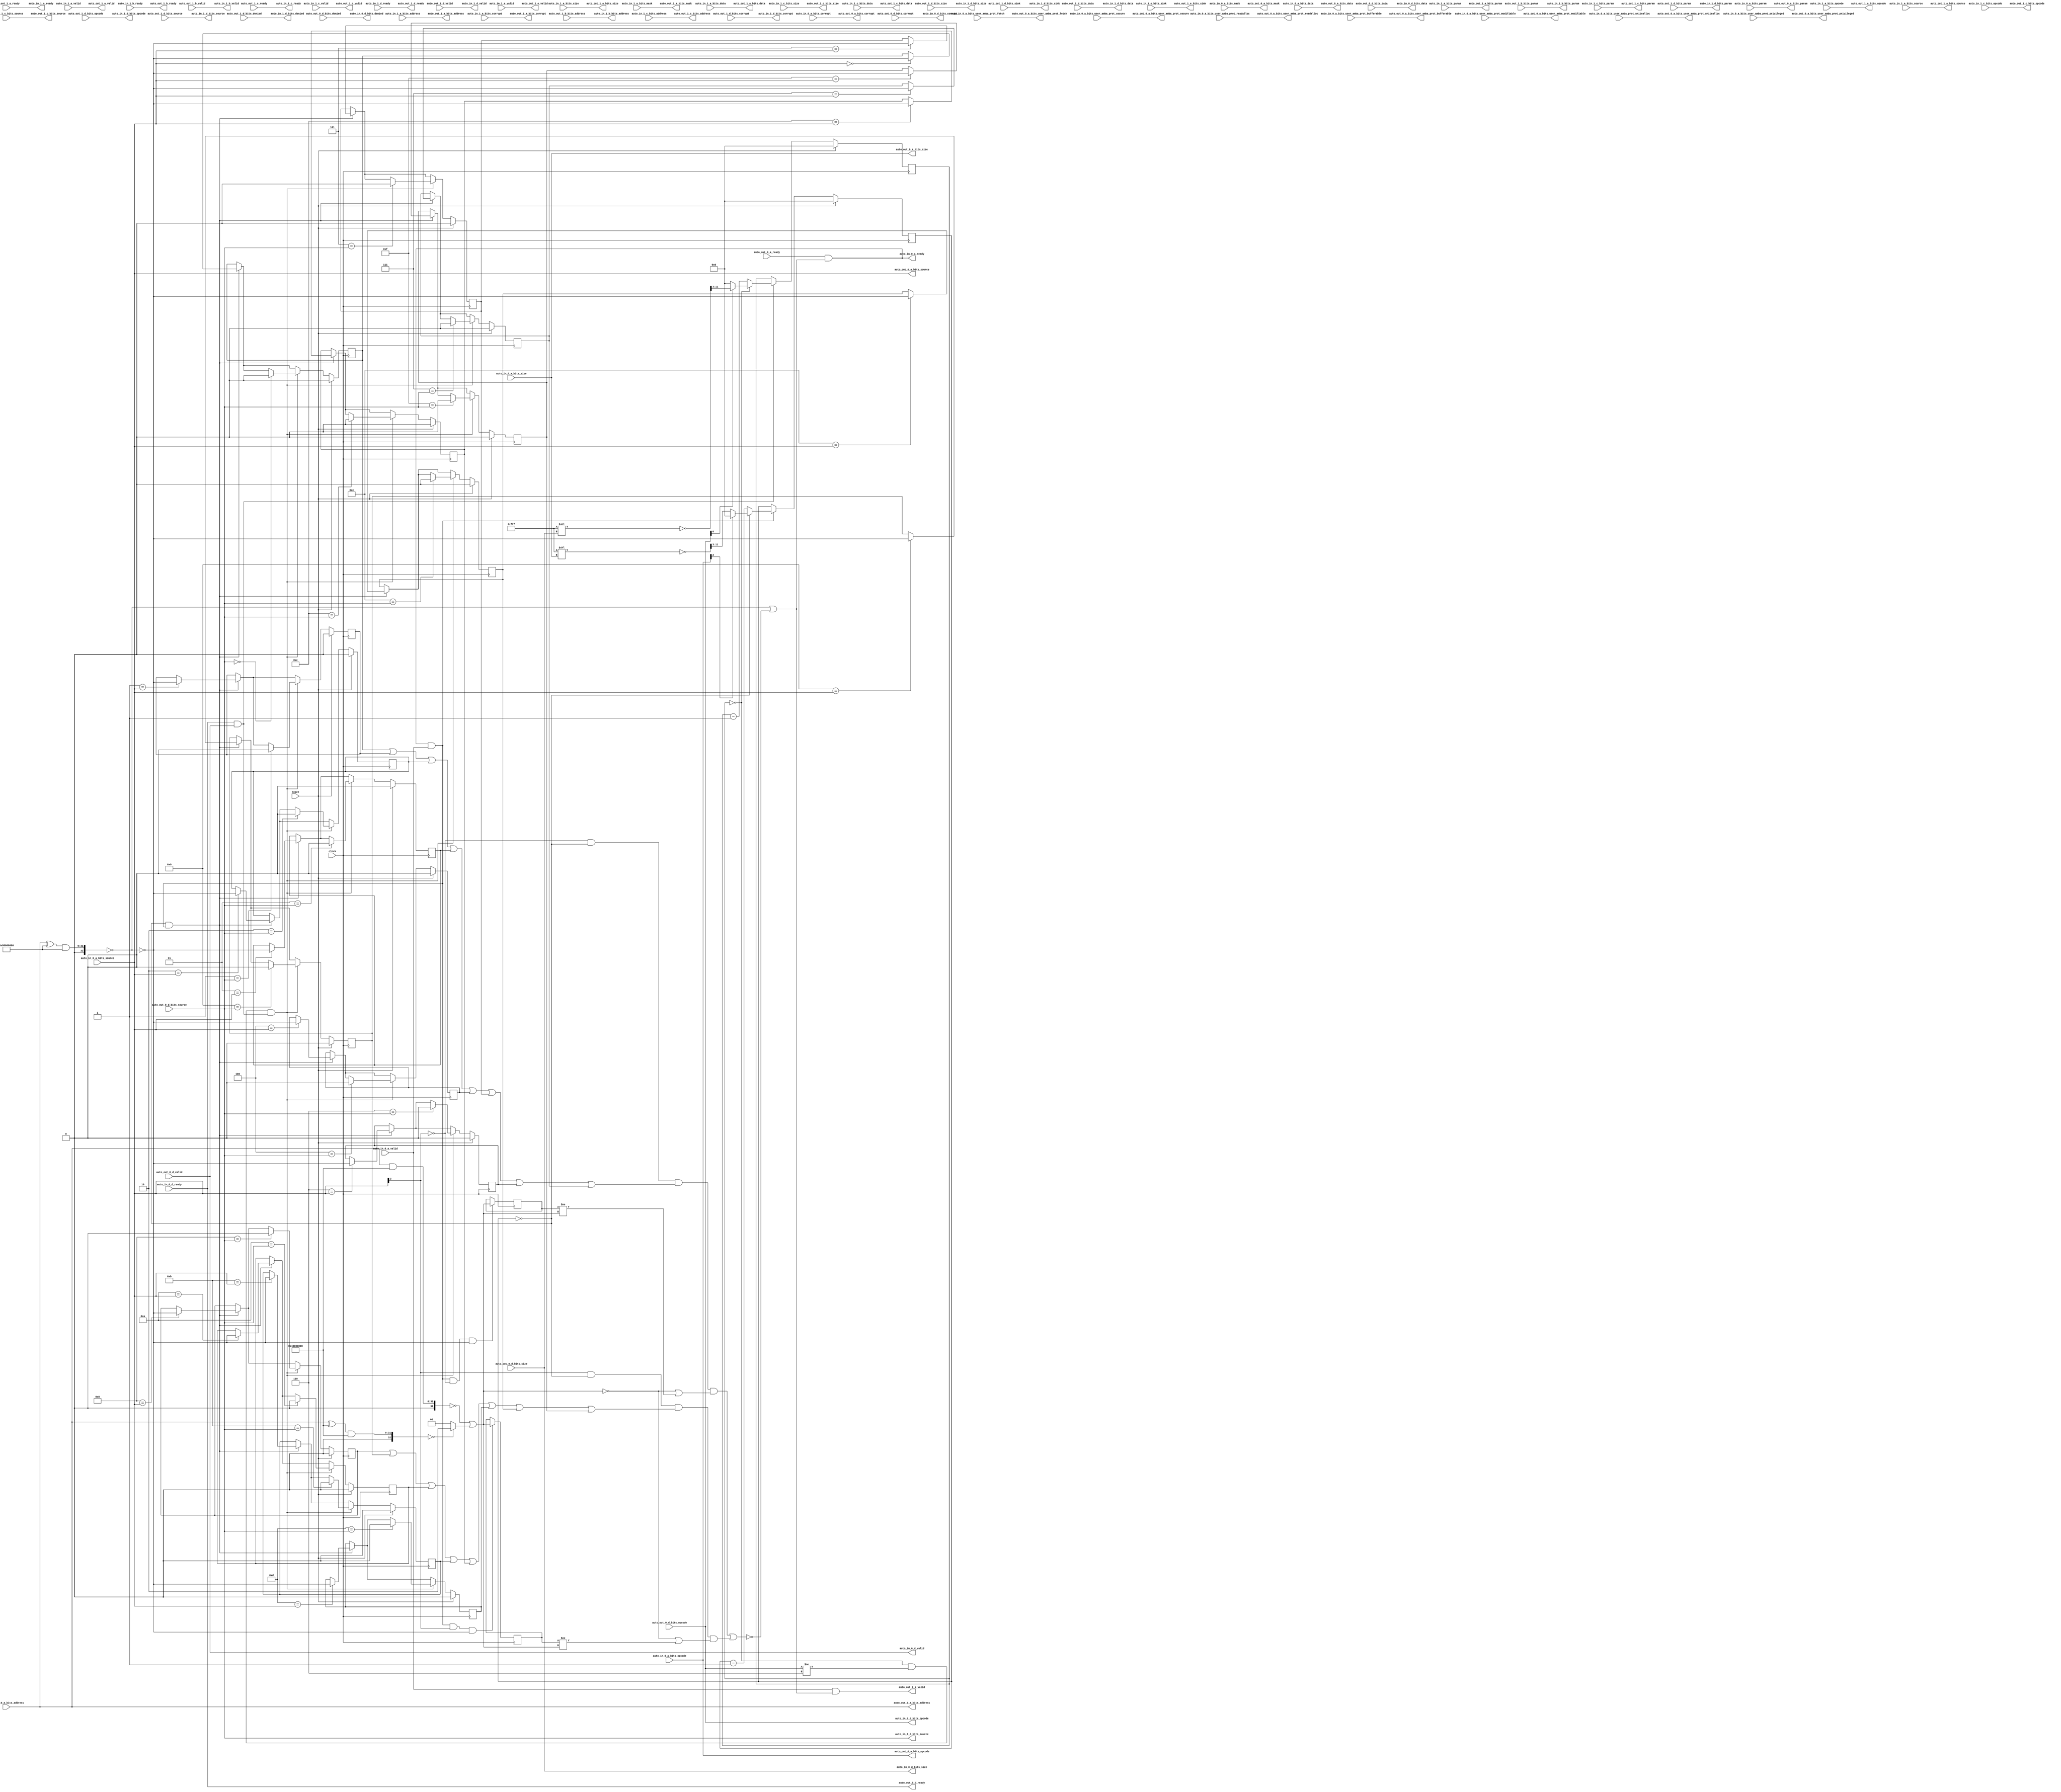
module TLFIFOFixer(
  input         clock,
  input         reset,
  output        auto_in_1_a_ready,
  input         auto_in_1_a_valid,
  input  [2:0]  auto_in_1_a_bits_opcode,
  input  [2:0]  auto_in_1_a_bits_param,
  input  [3:0]  auto_in_1_a_bits_size,
  input  [1:0]  auto_in_1_a_bits_source,
  input  [31:0] auto_in_1_a_bits_address,
  input  [7:0]  auto_in_1_a_bits_mask,
  input  [63:0] auto_in_1_a_bits_data,
  input         auto_in_1_a_bits_corrupt,
  input         auto_in_1_b_ready,
  output        auto_in_1_b_valid,
  output [1:0]  auto_in_1_b_bits_param,
  output [31:0] auto_in_1_b_bits_address,
  output        auto_in_1_c_ready,
  input         auto_in_1_c_valid,
  input  [2:0]  auto_in_1_c_bits_opcode,
  input  [2:0]  auto_in_1_c_bits_param,
  input  [3:0]  auto_in_1_c_bits_size,
  input  [1:0]  auto_in_1_c_bits_source,
  input  [31:0] auto_in_1_c_bits_address,
  input  [63:0] auto_in_1_c_bits_data,
  input         auto_in_1_d_ready,
  output        auto_in_1_d_valid,
  output [2:0]  auto_in_1_d_bits_opcode,
  output [1:0]  auto_in_1_d_bits_param,
  output [3:0]  auto_in_1_d_bits_size,
  output [1:0]  auto_in_1_d_bits_source,
  output [1:0]  auto_in_1_d_bits_sink,
  output        auto_in_1_d_bits_denied,
  output [63:0] auto_in_1_d_bits_data,
  output        auto_in_1_d_bits_corrupt,
  input         auto_in_1_e_valid,
  input  [1:0]  auto_in_1_e_bits_sink,
  output        auto_in_0_a_ready,
  input         auto_in_0_a_valid,
  input  [2:0]  auto_in_0_a_bits_opcode,
  input  [2:0]  auto_in_0_a_bits_param,
  input  [3:0]  auto_in_0_a_bits_size,
  input  [3:0]  auto_in_0_a_bits_source,
  input  [31:0] auto_in_0_a_bits_address,
  input         auto_in_0_a_bits_user_amba_prot_bufferable,
  input         auto_in_0_a_bits_user_amba_prot_modifiable,
  input         auto_in_0_a_bits_user_amba_prot_readalloc,
  input         auto_in_0_a_bits_user_amba_prot_writealloc,
  input         auto_in_0_a_bits_user_amba_prot_privileged,
  input         auto_in_0_a_bits_user_amba_prot_secure,
  input         auto_in_0_a_bits_user_amba_prot_fetch,
  input  [7:0]  auto_in_0_a_bits_mask,
  input  [63:0] auto_in_0_a_bits_data,
  input         auto_in_0_a_bits_corrupt,
  input         auto_in_0_d_ready,
  output        auto_in_0_d_valid,
  output [2:0]  auto_in_0_d_bits_opcode,
  output [3:0]  auto_in_0_d_bits_size,
  output [3:0]  auto_in_0_d_bits_source,
  output        auto_in_0_d_bits_denied,
  output [63:0] auto_in_0_d_bits_data,
  output        auto_in_0_d_bits_corrupt,
  input         auto_out_1_a_ready,
  output        auto_out_1_a_valid,
  output [2:0]  auto_out_1_a_bits_opcode,
  output [2:0]  auto_out_1_a_bits_param,
  output [3:0]  auto_out_1_a_bits_size,
  output [1:0]  auto_out_1_a_bits_source,
  output [31:0] auto_out_1_a_bits_address,
  output [7:0]  auto_out_1_a_bits_mask,
  output [63:0] auto_out_1_a_bits_data,
  output        auto_out_1_a_bits_corrupt,
  output        auto_out_1_b_ready,
  input         auto_out_1_b_valid,
  input  [1:0]  auto_out_1_b_bits_param,
  input  [31:0] auto_out_1_b_bits_address,
  input         auto_out_1_c_ready,
  output        auto_out_1_c_valid,
  output [2:0]  auto_out_1_c_bits_opcode,
  output [2:0]  auto_out_1_c_bits_param,
  output [3:0]  auto_out_1_c_bits_size,
  output [1:0]  auto_out_1_c_bits_source,
  output [31:0] auto_out_1_c_bits_address,
  output [63:0] auto_out_1_c_bits_data,
  output        auto_out_1_d_ready,
  input         auto_out_1_d_valid,
  input  [2:0]  auto_out_1_d_bits_opcode,
  input  [1:0]  auto_out_1_d_bits_param,
  input  [3:0]  auto_out_1_d_bits_size,
  input  [1:0]  auto_out_1_d_bits_source,
  input  [1:0]  auto_out_1_d_bits_sink,
  input         auto_out_1_d_bits_denied,
  input  [63:0] auto_out_1_d_bits_data,
  input         auto_out_1_d_bits_corrupt,
  output        auto_out_1_e_valid,
  output [1:0]  auto_out_1_e_bits_sink,
  input         auto_out_0_a_ready,
  output        auto_out_0_a_valid,
  output [2:0]  auto_out_0_a_bits_opcode,
  output [2:0]  auto_out_0_a_bits_param,
  output [3:0]  auto_out_0_a_bits_size,
  output [3:0]  auto_out_0_a_bits_source,
  output [31:0] auto_out_0_a_bits_address,
  output        auto_out_0_a_bits_user_amba_prot_bufferable,
  output        auto_out_0_a_bits_user_amba_prot_modifiable,
  output        auto_out_0_a_bits_user_amba_prot_readalloc,
  output        auto_out_0_a_bits_user_amba_prot_writealloc,
  output        auto_out_0_a_bits_user_amba_prot_privileged,
  output        auto_out_0_a_bits_user_amba_prot_secure,
  output        auto_out_0_a_bits_user_amba_prot_fetch,
  output [7:0]  auto_out_0_a_bits_mask,
  output [63:0] auto_out_0_a_bits_data,
  output        auto_out_0_a_bits_corrupt,
  output        auto_out_0_d_ready,
  input         auto_out_0_d_valid,
  input  [2:0]  auto_out_0_d_bits_opcode,
  input  [3:0]  auto_out_0_d_bits_size,
  input  [3:0]  auto_out_0_d_bits_source,
  input         auto_out_0_d_bits_denied,
  input  [63:0] auto_out_0_d_bits_data,
  input         auto_out_0_d_bits_corrupt
);
`ifdef RANDOMIZE_REG_INIT
  reg [31:0] _RAND_0;
  reg [31:0] _RAND_1;
  reg [31:0] _RAND_2;
  reg [31:0] _RAND_3;
  reg [31:0] _RAND_4;
  reg [31:0] _RAND_5;
  reg [31:0] _RAND_6;
  reg [31:0] _RAND_7;
  reg [31:0] _RAND_8;
  reg [31:0] _RAND_9;
  reg [31:0] _RAND_10;
  reg [31:0] _RAND_11;
  reg [31:0] _RAND_12;
  reg [31:0] _RAND_13;
  reg [31:0] _RAND_14;
  reg [31:0] _RAND_15;
  reg [31:0] _RAND_16;
  reg [31:0] _RAND_17;
  reg [31:0] _RAND_18;
  reg [31:0] _RAND_19;
`endif // RANDOMIZE_REG_INIT
  wire [32:0] _a_notFIFO_T_1 = {1'b0,$signed(auto_in_0_a_bits_address)}; // @[Parameters.scala 138:49]
  wire [31:0] _a_notFIFO_T_5 = auto_in_0_a_bits_address ^ 32'h80000000; // @[Parameters.scala 138:31]
  wire [32:0] _a_notFIFO_T_6 = {1'b0,$signed(_a_notFIFO_T_5)}; // @[Parameters.scala 138:49]
  wire [32:0] _a_notFIFO_T_8 = $signed(_a_notFIFO_T_6) & 33'sh80000000; // @[Parameters.scala 138:52]
  wire  a_notFIFO = $signed(_a_notFIFO_T_8) == 33'sh0; // @[Parameters.scala 138:67]
  wire [32:0] _a_id_T_3 = $signed(_a_notFIFO_T_1) & 33'sh40000000; // @[Parameters.scala 138:52]
  wire  _a_id_T_4 = $signed(_a_id_T_3) == 33'sh0; // @[Parameters.scala 138:67]
  wire [31:0] _a_id_T_5 = auto_in_0_a_bits_address ^ 32'h40000000; // @[Parameters.scala 138:31]
  wire [32:0] _a_id_T_6 = {1'b0,$signed(_a_id_T_5)}; // @[Parameters.scala 138:49]
  wire [32:0] _a_id_T_8 = $signed(_a_id_T_6) & 33'sh40000000; // @[Parameters.scala 138:52]
  wire  _a_id_T_9 = $signed(_a_id_T_8) == 33'sh0; // @[Parameters.scala 138:67]
  wire [1:0] _a_id_T_11 = _a_id_T_9 ? 2'h2 : 2'h0; // @[Mux.scala 27:72]
  wire [1:0] _GEN_86 = {{1'd0}, _a_id_T_4}; // @[Mux.scala 27:72]
  wire [1:0] a_id = _GEN_86 | _a_id_T_11; // @[Mux.scala 27:72]
  wire  a_noDomain = a_id == 2'h0; // @[FIFOFixer.scala 57:29]
  wire  stalls_a_sel = ~(auto_in_0_a_bits_source[3]); // @[Parameters.scala 55:32]
  reg [8:0] a_first_counter; // @[Edges.scala 230:27]
  wire  a_first = a_first_counter == 9'h0; // @[Edges.scala 232:25]
  reg  flight__0; // @[FIFOFixer.scala 73:27]
  reg  flight__1; // @[FIFOFixer.scala 73:27]
  reg  flight__2; // @[FIFOFixer.scala 73:27]
  reg  flight__3; // @[FIFOFixer.scala 73:27]
  reg  flight__4; // @[FIFOFixer.scala 73:27]
  reg  flight__5; // @[FIFOFixer.scala 73:27]
  reg  flight__6; // @[FIFOFixer.scala 73:27]
  reg  flight__7; // @[FIFOFixer.scala 73:27]
  reg [1:0] stalls_id; // @[Reg.scala 15:16]
  wire  stalls_0 = ((stalls_a_sel & a_first) & (((((((flight__0 | flight__1) | flight__2) | flight__3) | flight__4) |
    flight__5) | flight__6) | flight__7)) & (a_noDomain | (stalls_id != a_id)); // @[FIFOFixer.scala 82:50]
  reg  flight__8; // @[FIFOFixer.scala 73:27]
  reg  flight__9; // @[FIFOFixer.scala 73:27]
  reg  flight__10; // @[FIFOFixer.scala 73:27]
  reg  flight__11; // @[FIFOFixer.scala 73:27]
  reg  flight__12; // @[FIFOFixer.scala 73:27]
  reg  flight__13; // @[FIFOFixer.scala 73:27]
  reg  flight__14; // @[FIFOFixer.scala 73:27]
  reg  flight__15; // @[FIFOFixer.scala 73:27]
  reg [1:0] stalls_id_1; // @[Reg.scala 15:16]
  wire  stalls_1 = (((auto_in_0_a_bits_source[3]) & a_first) & (((((((flight__8 | flight__9) | flight__10) | flight__11)
     | flight__12) | flight__13) | flight__14) | flight__15)) & (a_noDomain | (stalls_id_1 != a_id)); // @[FIFOFixer.scala 82:50]
  wire  stall = stalls_0 | stalls_1; // @[FIFOFixer.scala 85:49]
  wire  _auto_data_a_ready_T_1 = a_notFIFO | (~stall); // @[FIFOFixer.scala 90:47]
  wire  auto_data_a_ready = auto_out_0_a_ready & (a_notFIFO | (~stall)); // @[FIFOFixer.scala 90:33]
  wire  _a_first_T = auto_data_a_ready & auto_in_0_a_valid; // @[Decoupled.scala 40:37]
  wire [26:0] _a_first_beats1_decode_T_1 = 27'hfff << auto_in_0_a_bits_size; // @[package.scala 212:77]
  wire [11:0] _a_first_beats1_decode_T_3 = ~(_a_first_beats1_decode_T_1[11:0]); // @[package.scala 212:46]
  wire [8:0] a_first_beats1_decode = _a_first_beats1_decode_T_3[11:3]; // @[Edges.scala 221:59]
  wire  a_first_beats1_opdata = ~(auto_in_0_a_bits_opcode[2]); // @[Edges.scala 93:28]
  wire [8:0] a_first_counter1 = a_first_counter - 9'h1; // @[Edges.scala 231:28]
  wire  _d_first_T = auto_in_0_d_ready & auto_out_0_d_valid; // @[Decoupled.scala 40:37]
  wire [26:0] _d_first_beats1_decode_T_1 = 27'hfff << auto_out_0_d_bits_size; // @[package.scala 212:77]
  wire [11:0] _d_first_beats1_decode_T_3 = ~(_d_first_beats1_decode_T_1[11:0]); // @[package.scala 212:46]
  wire [8:0] d_first_beats1_decode = _d_first_beats1_decode_T_3[11:3]; // @[Edges.scala 221:59]
  wire  d_first_beats1_opdata = auto_out_0_d_bits_opcode[0]; // @[Edges.scala 107:36]
  reg [8:0] d_first_counter; // @[Edges.scala 230:27]
  wire [8:0] d_first_counter1 = d_first_counter - 9'h1; // @[Edges.scala 231:28]
  wire  d_first_first = d_first_counter == 9'h0; // @[Edges.scala 232:25]
  wire  d_first = d_first_first & (auto_out_0_d_bits_opcode != 3'h6); // @[FIFOFixer.scala 69:42]
  wire  _T_1 = a_first & _a_first_T; // @[FIFOFixer.scala 74:21]
  wire  _flight_T = ~a_notFIFO; // @[FIFOFixer.scala 74:67]
  wire  _GEN_2 = 4'h0 == auto_in_0_a_bits_source ? _flight_T : flight__0; // @[FIFOFixer.scala 74:64 FIFOFixer.scala 74:64 FIFOFixer.scala 73:27]
  wire  _GEN_3 = 4'h1 == auto_in_0_a_bits_source ? _flight_T : flight__1; // @[FIFOFixer.scala 74:64 FIFOFixer.scala 74:64 FIFOFixer.scala 73:27]
  wire  _GEN_4 = 4'h2 == auto_in_0_a_bits_source ? _flight_T : flight__2; // @[FIFOFixer.scala 74:64 FIFOFixer.scala 74:64 FIFOFixer.scala 73:27]
  wire  _GEN_5 = 4'h3 == auto_in_0_a_bits_source ? _flight_T : flight__3; // @[FIFOFixer.scala 74:64 FIFOFixer.scala 74:64 FIFOFixer.scala 73:27]
  wire  _GEN_6 = 4'h4 == auto_in_0_a_bits_source ? _flight_T : flight__4; // @[FIFOFixer.scala 74:64 FIFOFixer.scala 74:64 FIFOFixer.scala 73:27]
  wire  _GEN_7 = 4'h5 == auto_in_0_a_bits_source ? _flight_T : flight__5; // @[FIFOFixer.scala 74:64 FIFOFixer.scala 74:64 FIFOFixer.scala 73:27]
  wire  _GEN_8 = 4'h6 == auto_in_0_a_bits_source ? _flight_T : flight__6; // @[FIFOFixer.scala 74:64 FIFOFixer.scala 74:64 FIFOFixer.scala 73:27]
  wire  _GEN_9 = 4'h7 == auto_in_0_a_bits_source ? _flight_T : flight__7; // @[FIFOFixer.scala 74:64 FIFOFixer.scala 74:64 FIFOFixer.scala 73:27]
  wire  _GEN_10 = 4'h8 == auto_in_0_a_bits_source ? _flight_T : flight__8; // @[FIFOFixer.scala 74:64 FIFOFixer.scala 74:64 FIFOFixer.scala 73:27]
  wire  _GEN_11 = 4'h9 == auto_in_0_a_bits_source ? _flight_T : flight__9; // @[FIFOFixer.scala 74:64 FIFOFixer.scala 74:64 FIFOFixer.scala 73:27]
  wire  _GEN_12 = 4'ha == auto_in_0_a_bits_source ? _flight_T : flight__10; // @[FIFOFixer.scala 74:64 FIFOFixer.scala 74:64 FIFOFixer.scala 73:27]
  wire  _GEN_13 = 4'hb == auto_in_0_a_bits_source ? _flight_T : flight__11; // @[FIFOFixer.scala 74:64 FIFOFixer.scala 74:64 FIFOFixer.scala 73:27]
  wire  _GEN_14 = 4'hc == auto_in_0_a_bits_source ? _flight_T : flight__12; // @[FIFOFixer.scala 74:64 FIFOFixer.scala 74:64 FIFOFixer.scala 73:27]
  wire  _GEN_15 = 4'hd == auto_in_0_a_bits_source ? _flight_T : flight__13; // @[FIFOFixer.scala 74:64 FIFOFixer.scala 74:64 FIFOFixer.scala 73:27]
  wire  _GEN_16 = 4'he == auto_in_0_a_bits_source ? _flight_T : flight__14; // @[FIFOFixer.scala 74:64 FIFOFixer.scala 74:64 FIFOFixer.scala 73:27]
  wire  _GEN_17 = 4'hf == auto_in_0_a_bits_source ? _flight_T : flight__15; // @[FIFOFixer.scala 74:64 FIFOFixer.scala 74:64 FIFOFixer.scala 73:27]
  wire  _GEN_18 = _T_1 ? _GEN_2 : flight__0; // @[FIFOFixer.scala 74:37 FIFOFixer.scala 73:27]
  wire  _GEN_19 = _T_1 ? _GEN_3 : flight__1; // @[FIFOFixer.scala 74:37 FIFOFixer.scala 73:27]
  wire  _GEN_20 = _T_1 ? _GEN_4 : flight__2; // @[FIFOFixer.scala 74:37 FIFOFixer.scala 73:27]
  wire  _GEN_21 = _T_1 ? _GEN_5 : flight__3; // @[FIFOFixer.scala 74:37 FIFOFixer.scala 73:27]
  wire  _GEN_22 = _T_1 ? _GEN_6 : flight__4; // @[FIFOFixer.scala 74:37 FIFOFixer.scala 73:27]
  wire  _GEN_23 = _T_1 ? _GEN_7 : flight__5; // @[FIFOFixer.scala 74:37 FIFOFixer.scala 73:27]
  wire  _GEN_24 = _T_1 ? _GEN_8 : flight__6; // @[FIFOFixer.scala 74:37 FIFOFixer.scala 73:27]
  wire  _GEN_25 = _T_1 ? _GEN_9 : flight__7; // @[FIFOFixer.scala 74:37 FIFOFixer.scala 73:27]
  wire  _GEN_26 = _T_1 ? _GEN_10 : flight__8; // @[FIFOFixer.scala 74:37 FIFOFixer.scala 73:27]
  wire  _GEN_27 = _T_1 ? _GEN_11 : flight__9; // @[FIFOFixer.scala 74:37 FIFOFixer.scala 73:27]
  wire  _GEN_28 = _T_1 ? _GEN_12 : flight__10; // @[FIFOFixer.scala 74:37 FIFOFixer.scala 73:27]
  wire  _GEN_29 = _T_1 ? _GEN_13 : flight__11; // @[FIFOFixer.scala 74:37 FIFOFixer.scala 73:27]
  wire  _GEN_30 = _T_1 ? _GEN_14 : flight__12; // @[FIFOFixer.scala 74:37 FIFOFixer.scala 73:27]
  wire  _GEN_31 = _T_1 ? _GEN_15 : flight__13; // @[FIFOFixer.scala 74:37 FIFOFixer.scala 73:27]
  wire  _GEN_32 = _T_1 ? _GEN_16 : flight__14; // @[FIFOFixer.scala 74:37 FIFOFixer.scala 73:27]
  wire  _GEN_33 = _T_1 ? _GEN_17 : flight__15; // @[FIFOFixer.scala 74:37 FIFOFixer.scala 73:27]
  wire  _T_3 = d_first & _d_first_T; // @[FIFOFixer.scala 75:21]
  wire  _stalls_id_T_3 = (_a_first_T & stalls_a_sel) & _flight_T; // @[FIFOFixer.scala 79:58]
  wire  _stalls_id_T_7 = (_a_first_T & (auto_in_0_a_bits_source[3])) & _flight_T; // @[FIFOFixer.scala 79:58]
  assign auto_in_1_a_ready = auto_out_1_a_ready; // @[FIFOFixer.scala 90:33]
  assign auto_in_1_b_valid = auto_out_1_b_valid; // @[Nodes.scala 1213:84 LazyModule.scala 314:12]
  assign auto_in_1_b_bits_param = auto_out_1_b_bits_param; // @[Nodes.scala 1213:84 LazyModule.scala 314:12]
  assign auto_in_1_b_bits_address = auto_out_1_b_bits_address; // @[Nodes.scala 1213:84 LazyModule.scala 314:12]
  assign auto_in_1_c_ready = auto_out_1_c_ready; // @[Nodes.scala 1213:84 LazyModule.scala 314:12]
  assign auto_in_1_d_valid = auto_out_1_d_valid; // @[Nodes.scala 1213:84 LazyModule.scala 314:12]
  assign auto_in_1_d_bits_opcode = auto_out_1_d_bits_opcode; // @[Nodes.scala 1213:84 LazyModule.scala 314:12]
  assign auto_in_1_d_bits_param = auto_out_1_d_bits_param; // @[Nodes.scala 1213:84 LazyModule.scala 314:12]
  assign auto_in_1_d_bits_size = auto_out_1_d_bits_size; // @[Nodes.scala 1213:84 LazyModule.scala 314:12]
  assign auto_in_1_d_bits_source = auto_out_1_d_bits_source; // @[Nodes.scala 1213:84 LazyModule.scala 314:12]
  assign auto_in_1_d_bits_sink = auto_out_1_d_bits_sink; // @[Nodes.scala 1213:84 LazyModule.scala 314:12]
  assign auto_in_1_d_bits_denied = auto_out_1_d_bits_denied; // @[Nodes.scala 1213:84 LazyModule.scala 314:12]
  assign auto_in_1_d_bits_data = auto_out_1_d_bits_data; // @[Nodes.scala 1213:84 LazyModule.scala 314:12]
  assign auto_in_1_d_bits_corrupt = auto_out_1_d_bits_corrupt; // @[Nodes.scala 1213:84 LazyModule.scala 314:12]
  assign auto_in_0_a_ready = auto_out_0_a_ready & (a_notFIFO | (~stall)); // @[FIFOFixer.scala 90:33]
  assign auto_in_0_d_valid = auto_out_0_d_valid; // @[Nodes.scala 1213:84 LazyModule.scala 314:12]
  assign auto_in_0_d_bits_opcode = auto_out_0_d_bits_opcode; // @[Nodes.scala 1213:84 LazyModule.scala 314:12]
  assign auto_in_0_d_bits_size = auto_out_0_d_bits_size; // @[Nodes.scala 1213:84 LazyModule.scala 314:12]
  assign auto_in_0_d_bits_source = auto_out_0_d_bits_source; // @[Nodes.scala 1213:84 LazyModule.scala 314:12]
  assign auto_in_0_d_bits_denied = auto_out_0_d_bits_denied; // @[Nodes.scala 1213:84 LazyModule.scala 314:12]
  assign auto_in_0_d_bits_data = auto_out_0_d_bits_data; // @[Nodes.scala 1213:84 LazyModule.scala 314:12]
  assign auto_in_0_d_bits_corrupt = auto_out_0_d_bits_corrupt; // @[Nodes.scala 1213:84 LazyModule.scala 314:12]
  assign auto_out_1_a_valid = auto_in_1_a_valid; // @[FIFOFixer.scala 89:33]
  assign auto_out_1_a_bits_opcode = auto_in_1_a_bits_opcode; // @[Nodes.scala 1216:84 LazyModule.scala 312:16]
  assign auto_out_1_a_bits_param = auto_in_1_a_bits_param; // @[Nodes.scala 1216:84 LazyModule.scala 312:16]
  assign auto_out_1_a_bits_size = auto_in_1_a_bits_size; // @[Nodes.scala 1216:84 LazyModule.scala 312:16]
  assign auto_out_1_a_bits_source = auto_in_1_a_bits_source; // @[Nodes.scala 1216:84 LazyModule.scala 312:16]
  assign auto_out_1_a_bits_address = auto_in_1_a_bits_address; // @[Nodes.scala 1216:84 LazyModule.scala 312:16]
  assign auto_out_1_a_bits_mask = auto_in_1_a_bits_mask; // @[Nodes.scala 1216:84 LazyModule.scala 312:16]
  assign auto_out_1_a_bits_data = auto_in_1_a_bits_data; // @[Nodes.scala 1216:84 LazyModule.scala 312:16]
  assign auto_out_1_a_bits_corrupt = auto_in_1_a_bits_corrupt; // @[Nodes.scala 1216:84 LazyModule.scala 312:16]
  assign auto_out_1_b_ready = auto_in_1_b_ready; // @[Nodes.scala 1216:84 LazyModule.scala 312:16]
  assign auto_out_1_c_valid = auto_in_1_c_valid; // @[Nodes.scala 1216:84 LazyModule.scala 312:16]
  assign auto_out_1_c_bits_opcode = auto_in_1_c_bits_opcode; // @[Nodes.scala 1216:84 LazyModule.scala 312:16]
  assign auto_out_1_c_bits_param = auto_in_1_c_bits_param; // @[Nodes.scala 1216:84 LazyModule.scala 312:16]
  assign auto_out_1_c_bits_size = auto_in_1_c_bits_size; // @[Nodes.scala 1216:84 LazyModule.scala 312:16]
  assign auto_out_1_c_bits_source = auto_in_1_c_bits_source; // @[Nodes.scala 1216:84 LazyModule.scala 312:16]
  assign auto_out_1_c_bits_address = auto_in_1_c_bits_address; // @[Nodes.scala 1216:84 LazyModule.scala 312:16]
  assign auto_out_1_c_bits_data = auto_in_1_c_bits_data; // @[Nodes.scala 1216:84 LazyModule.scala 312:16]
  assign auto_out_1_d_ready = auto_in_1_d_ready; // @[Nodes.scala 1216:84 LazyModule.scala 312:16]
  assign auto_out_1_e_valid = auto_in_1_e_valid; // @[Nodes.scala 1216:84 LazyModule.scala 312:16]
  assign auto_out_1_e_bits_sink = auto_in_1_e_bits_sink; // @[Nodes.scala 1216:84 LazyModule.scala 312:16]
  assign auto_out_0_a_valid = auto_in_0_a_valid & _auto_data_a_ready_T_1; // @[FIFOFixer.scala 89:33]
  assign auto_out_0_a_bits_opcode = auto_in_0_a_bits_opcode; // @[Nodes.scala 1216:84 LazyModule.scala 312:16]
  assign auto_out_0_a_bits_param = auto_in_0_a_bits_param; // @[Nodes.scala 1216:84 LazyModule.scala 312:16]
  assign auto_out_0_a_bits_size = auto_in_0_a_bits_size; // @[Nodes.scala 1216:84 LazyModule.scala 312:16]
  assign auto_out_0_a_bits_source = auto_in_0_a_bits_source; // @[Nodes.scala 1216:84 LazyModule.scala 312:16]
  assign auto_out_0_a_bits_address = auto_in_0_a_bits_address; // @[Nodes.scala 1216:84 LazyModule.scala 312:16]
  assign auto_out_0_a_bits_user_amba_prot_bufferable = auto_in_0_a_bits_user_amba_prot_bufferable; // @[Nodes.scala 1216:84 LazyModule.scala 312:16]
  assign auto_out_0_a_bits_user_amba_prot_modifiable = auto_in_0_a_bits_user_amba_prot_modifiable; // @[Nodes.scala 1216:84 LazyModule.scala 312:16]
  assign auto_out_0_a_bits_user_amba_prot_readalloc = auto_in_0_a_bits_user_amba_prot_readalloc; // @[Nodes.scala 1216:84 LazyModule.scala 312:16]
  assign auto_out_0_a_bits_user_amba_prot_writealloc = auto_in_0_a_bits_user_amba_prot_writealloc; // @[Nodes.scala 1216:84 LazyModule.scala 312:16]
  assign auto_out_0_a_bits_user_amba_prot_privileged = auto_in_0_a_bits_user_amba_prot_privileged; // @[Nodes.scala 1216:84 LazyModule.scala 312:16]
  assign auto_out_0_a_bits_user_amba_prot_secure = auto_in_0_a_bits_user_amba_prot_secure; // @[Nodes.scala 1216:84 LazyModule.scala 312:16]
  assign auto_out_0_a_bits_user_amba_prot_fetch = auto_in_0_a_bits_user_amba_prot_fetch; // @[Nodes.scala 1216:84 LazyModule.scala 312:16]
  assign auto_out_0_a_bits_mask = auto_in_0_a_bits_mask; // @[Nodes.scala 1216:84 LazyModule.scala 312:16]
  assign auto_out_0_a_bits_data = auto_in_0_a_bits_data; // @[Nodes.scala 1216:84 LazyModule.scala 312:16]
  assign auto_out_0_a_bits_corrupt = auto_in_0_a_bits_corrupt; // @[Nodes.scala 1216:84 LazyModule.scala 312:16]
  assign auto_out_0_d_ready = auto_in_0_d_ready; // @[Nodes.scala 1216:84 LazyModule.scala 312:16]
  always @(posedge clock) begin
    if (reset) begin // @[Edges.scala 230:27]
      a_first_counter <= 9'h0; // @[Edges.scala 230:27]
    end else if (_a_first_T) begin // @[Edges.scala 236:17]
      if (a_first) begin // @[Edges.scala 237:21]
        if (a_first_beats1_opdata) begin // @[Edges.scala 222:14]
          a_first_counter <= a_first_beats1_decode;
        end else begin
          a_first_counter <= 9'h0;
        end
      end else begin
        a_first_counter <= a_first_counter1;
      end
    end
    if (reset) begin // @[FIFOFixer.scala 73:27]
      flight__0 <= 1'h0; // @[FIFOFixer.scala 73:27]
    end else if (_T_3) begin // @[FIFOFixer.scala 75:37]
      if (4'h0 == auto_out_0_d_bits_source) begin // @[FIFOFixer.scala 75:64]
        flight__0 <= 1'h0; // @[FIFOFixer.scala 75:64]
      end else begin
        flight__0 <= _GEN_18;
      end
    end else begin
      flight__0 <= _GEN_18;
    end
    if (reset) begin // @[FIFOFixer.scala 73:27]
      flight__1 <= 1'h0; // @[FIFOFixer.scala 73:27]
    end else if (_T_3) begin // @[FIFOFixer.scala 75:37]
      if (4'h1 == auto_out_0_d_bits_source) begin // @[FIFOFixer.scala 75:64]
        flight__1 <= 1'h0; // @[FIFOFixer.scala 75:64]
      end else begin
        flight__1 <= _GEN_19;
      end
    end else begin
      flight__1 <= _GEN_19;
    end
    if (reset) begin // @[FIFOFixer.scala 73:27]
      flight__2 <= 1'h0; // @[FIFOFixer.scala 73:27]
    end else if (_T_3) begin // @[FIFOFixer.scala 75:37]
      if (4'h2 == auto_out_0_d_bits_source) begin // @[FIFOFixer.scala 75:64]
        flight__2 <= 1'h0; // @[FIFOFixer.scala 75:64]
      end else begin
        flight__2 <= _GEN_20;
      end
    end else begin
      flight__2 <= _GEN_20;
    end
    if (reset) begin // @[FIFOFixer.scala 73:27]
      flight__3 <= 1'h0; // @[FIFOFixer.scala 73:27]
    end else if (_T_3) begin // @[FIFOFixer.scala 75:37]
      if (4'h3 == auto_out_0_d_bits_source) begin // @[FIFOFixer.scala 75:64]
        flight__3 <= 1'h0; // @[FIFOFixer.scala 75:64]
      end else begin
        flight__3 <= _GEN_21;
      end
    end else begin
      flight__3 <= _GEN_21;
    end
    if (reset) begin // @[FIFOFixer.scala 73:27]
      flight__4 <= 1'h0; // @[FIFOFixer.scala 73:27]
    end else if (_T_3) begin // @[FIFOFixer.scala 75:37]
      if (4'h4 == auto_out_0_d_bits_source) begin // @[FIFOFixer.scala 75:64]
        flight__4 <= 1'h0; // @[FIFOFixer.scala 75:64]
      end else begin
        flight__4 <= _GEN_22;
      end
    end else begin
      flight__4 <= _GEN_22;
    end
    if (reset) begin // @[FIFOFixer.scala 73:27]
      flight__5 <= 1'h0; // @[FIFOFixer.scala 73:27]
    end else if (_T_3) begin // @[FIFOFixer.scala 75:37]
      if (4'h5 == auto_out_0_d_bits_source) begin // @[FIFOFixer.scala 75:64]
        flight__5 <= 1'h0; // @[FIFOFixer.scala 75:64]
      end else begin
        flight__5 <= _GEN_23;
      end
    end else begin
      flight__5 <= _GEN_23;
    end
    if (reset) begin // @[FIFOFixer.scala 73:27]
      flight__6 <= 1'h0; // @[FIFOFixer.scala 73:27]
    end else if (_T_3) begin // @[FIFOFixer.scala 75:37]
      if (4'h6 == auto_out_0_d_bits_source) begin // @[FIFOFixer.scala 75:64]
        flight__6 <= 1'h0; // @[FIFOFixer.scala 75:64]
      end else begin
        flight__6 <= _GEN_24;
      end
    end else begin
      flight__6 <= _GEN_24;
    end
    if (reset) begin // @[FIFOFixer.scala 73:27]
      flight__7 <= 1'h0; // @[FIFOFixer.scala 73:27]
    end else if (_T_3) begin // @[FIFOFixer.scala 75:37]
      if (4'h7 == auto_out_0_d_bits_source) begin // @[FIFOFixer.scala 75:64]
        flight__7 <= 1'h0; // @[FIFOFixer.scala 75:64]
      end else begin
        flight__7 <= _GEN_25;
      end
    end else begin
      flight__7 <= _GEN_25;
    end
    if (_stalls_id_T_3) begin // @[Reg.scala 16:19]
      stalls_id <= a_id; // @[Reg.scala 16:23]
    end
    if (reset) begin // @[FIFOFixer.scala 73:27]
      flight__8 <= 1'h0; // @[FIFOFixer.scala 73:27]
    end else if (_T_3) begin // @[FIFOFixer.scala 75:37]
      if (4'h8 == auto_out_0_d_bits_source) begin // @[FIFOFixer.scala 75:64]
        flight__8 <= 1'h0; // @[FIFOFixer.scala 75:64]
      end else begin
        flight__8 <= _GEN_26;
      end
    end else begin
      flight__8 <= _GEN_26;
    end
    if (reset) begin // @[FIFOFixer.scala 73:27]
      flight__9 <= 1'h0; // @[FIFOFixer.scala 73:27]
    end else if (_T_3) begin // @[FIFOFixer.scala 75:37]
      if (4'h9 == auto_out_0_d_bits_source) begin // @[FIFOFixer.scala 75:64]
        flight__9 <= 1'h0; // @[FIFOFixer.scala 75:64]
      end else begin
        flight__9 <= _GEN_27;
      end
    end else begin
      flight__9 <= _GEN_27;
    end
    if (reset) begin // @[FIFOFixer.scala 73:27]
      flight__10 <= 1'h0; // @[FIFOFixer.scala 73:27]
    end else if (_T_3) begin // @[FIFOFixer.scala 75:37]
      if (4'ha == auto_out_0_d_bits_source) begin // @[FIFOFixer.scala 75:64]
        flight__10 <= 1'h0; // @[FIFOFixer.scala 75:64]
      end else begin
        flight__10 <= _GEN_28;
      end
    end else begin
      flight__10 <= _GEN_28;
    end
    if (reset) begin // @[FIFOFixer.scala 73:27]
      flight__11 <= 1'h0; // @[FIFOFixer.scala 73:27]
    end else if (_T_3) begin // @[FIFOFixer.scala 75:37]
      if (4'hb == auto_out_0_d_bits_source) begin // @[FIFOFixer.scala 75:64]
        flight__11 <= 1'h0; // @[FIFOFixer.scala 75:64]
      end else begin
        flight__11 <= _GEN_29;
      end
    end else begin
      flight__11 <= _GEN_29;
    end
    if (reset) begin // @[FIFOFixer.scala 73:27]
      flight__12 <= 1'h0; // @[FIFOFixer.scala 73:27]
    end else if (_T_3) begin // @[FIFOFixer.scala 75:37]
      if (4'hc == auto_out_0_d_bits_source) begin // @[FIFOFixer.scala 75:64]
        flight__12 <= 1'h0; // @[FIFOFixer.scala 75:64]
      end else begin
        flight__12 <= _GEN_30;
      end
    end else begin
      flight__12 <= _GEN_30;
    end
    if (reset) begin // @[FIFOFixer.scala 73:27]
      flight__13 <= 1'h0; // @[FIFOFixer.scala 73:27]
    end else if (_T_3) begin // @[FIFOFixer.scala 75:37]
      if (4'hd == auto_out_0_d_bits_source) begin // @[FIFOFixer.scala 75:64]
        flight__13 <= 1'h0; // @[FIFOFixer.scala 75:64]
      end else begin
        flight__13 <= _GEN_31;
      end
    end else begin
      flight__13 <= _GEN_31;
    end
    if (reset) begin // @[FIFOFixer.scala 73:27]
      flight__14 <= 1'h0; // @[FIFOFixer.scala 73:27]
    end else if (_T_3) begin // @[FIFOFixer.scala 75:37]
      if (4'he == auto_out_0_d_bits_source) begin // @[FIFOFixer.scala 75:64]
        flight__14 <= 1'h0; // @[FIFOFixer.scala 75:64]
      end else begin
        flight__14 <= _GEN_32;
      end
    end else begin
      flight__14 <= _GEN_32;
    end
    if (reset) begin // @[FIFOFixer.scala 73:27]
      flight__15 <= 1'h0; // @[FIFOFixer.scala 73:27]
    end else if (_T_3) begin // @[FIFOFixer.scala 75:37]
      if (4'hf == auto_out_0_d_bits_source) begin // @[FIFOFixer.scala 75:64]
        flight__15 <= 1'h0; // @[FIFOFixer.scala 75:64]
      end else begin
        flight__15 <= _GEN_33;
      end
    end else begin
      flight__15 <= _GEN_33;
    end
    if (_stalls_id_T_7) begin // @[Reg.scala 16:19]
      stalls_id_1 <= a_id; // @[Reg.scala 16:23]
    end
    if (reset) begin // @[Edges.scala 230:27]
      d_first_counter <= 9'h0; // @[Edges.scala 230:27]
    end else if (_d_first_T) begin // @[Edges.scala 236:17]
      if (d_first_first) begin // @[Edges.scala 237:21]
        if (d_first_beats1_opdata) begin // @[Edges.scala 222:14]
          d_first_counter <= d_first_beats1_decode;
        end else begin
          d_first_counter <= 9'h0;
        end
      end else begin
        d_first_counter <= d_first_counter1;
      end
    end
  end
// Register and memory initialization
`ifdef RANDOMIZE_GARBAGE_ASSIGN
`define RANDOMIZE
`endif
`ifdef RANDOMIZE_INVALID_ASSIGN
`define RANDOMIZE
`endif
`ifdef RANDOMIZE_REG_INIT
`define RANDOMIZE
`endif
`ifdef RANDOMIZE_MEM_INIT
`define RANDOMIZE
`endif
`ifndef RANDOM
`define RANDOM $random
`endif
`ifdef RANDOMIZE_MEM_INIT
  integer initvar;
`endif
`ifndef SYNTHESIS
`ifdef FIRRTL_BEFORE_INITIAL
`FIRRTL_BEFORE_INITIAL
`endif
initial begin
  `ifdef RANDOMIZE
    `ifdef INIT_RANDOM
      `INIT_RANDOM
    `endif
    `ifndef VERILATOR
      `ifdef RANDOMIZE_DELAY
        #`RANDOMIZE_DELAY begin end
      `else
        #0.002 begin end
      `endif
    `endif
`ifdef RANDOMIZE_REG_INIT
  _RAND_0 = {1{`RANDOM}};
  a_first_counter = _RAND_0[8:0];
  _RAND_1 = {1{`RANDOM}};
  flight__0 = _RAND_1[0:0];
  _RAND_2 = {1{`RANDOM}};
  flight__1 = _RAND_2[0:0];
  _RAND_3 = {1{`RANDOM}};
  flight__2 = _RAND_3[0:0];
  _RAND_4 = {1{`RANDOM}};
  flight__3 = _RAND_4[0:0];
  _RAND_5 = {1{`RANDOM}};
  flight__4 = _RAND_5[0:0];
  _RAND_6 = {1{`RANDOM}};
  flight__5 = _RAND_6[0:0];
  _RAND_7 = {1{`RANDOM}};
  flight__6 = _RAND_7[0:0];
  _RAND_8 = {1{`RANDOM}};
  flight__7 = _RAND_8[0:0];
  _RAND_9 = {1{`RANDOM}};
  stalls_id = _RAND_9[1:0];
  _RAND_10 = {1{`RANDOM}};
  flight__8 = _RAND_10[0:0];
  _RAND_11 = {1{`RANDOM}};
  flight__9 = _RAND_11[0:0];
  _RAND_12 = {1{`RANDOM}};
  flight__10 = _RAND_12[0:0];
  _RAND_13 = {1{`RANDOM}};
  flight__11 = _RAND_13[0:0];
  _RAND_14 = {1{`RANDOM}};
  flight__12 = _RAND_14[0:0];
  _RAND_15 = {1{`RANDOM}};
  flight__13 = _RAND_15[0:0];
  _RAND_16 = {1{`RANDOM}};
  flight__14 = _RAND_16[0:0];
  _RAND_17 = {1{`RANDOM}};
  flight__15 = _RAND_17[0:0];
  _RAND_18 = {1{`RANDOM}};
  stalls_id_1 = _RAND_18[1:0];
  _RAND_19 = {1{`RANDOM}};
  d_first_counter = _RAND_19[8:0];
`endif // RANDOMIZE_REG_INIT
  `endif // RANDOMIZE
end // initial
`ifdef FIRRTL_AFTER_INITIAL
`FIRRTL_AFTER_INITIAL
`endif
`endif // SYNTHESIS
endmodule